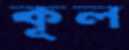
কূল